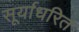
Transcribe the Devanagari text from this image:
सूर्याधरित